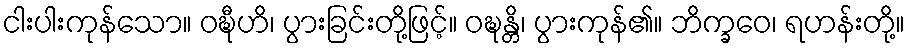
ငါးပါးကုန်သော။ ဝဍ္ဎီဟိ၊ ပွားခြင်းတို့ဖြင့်။ ဝဍ္ဎန္တိ၊ ပွားကုန်၏။ ဘိက္ခဝေ၊ ရဟန်းတို့။